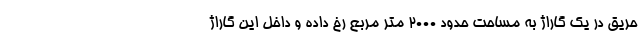
حریق در یک گاراژ به مساحت حدود ۲۰۰۰ متر مربع رخ داده و داخل این گاراژ